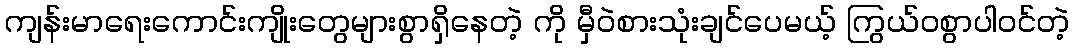
ကျန်းမာရေးကောင်းကျိုးတွေများစွာရှိနေတဲ့ ကို မှီဝဲစားသုံးချင်ပေမယ့် ကြွယ်ဝစွာပါဝင်တဲ့